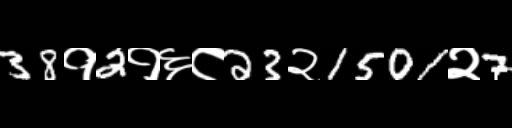
Text: 38१2१६८23२1501२7